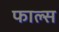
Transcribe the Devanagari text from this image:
फाल्‍स